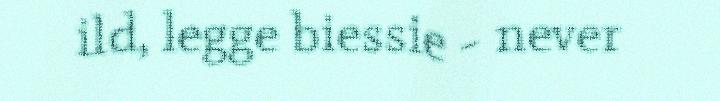
ild, legge biessie - never